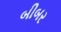
બીબર